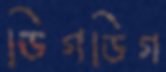
ডিগডিগ